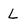
Character: L